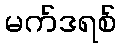
မက်ဒရစ်